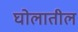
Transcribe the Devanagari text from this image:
घोलातील